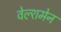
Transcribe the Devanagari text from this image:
वेल्शमेन